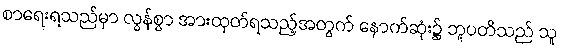
စာရေးရသည်မှာ လွန်စွာ အားထုတ်ရသည့်အတွက် နောက်ဆုံး၌ ဘူပတိသည် သူ